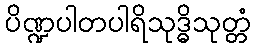
ပိဏ္ဍပါတပါရိသုဒ္ဓိသုတ္တံ